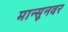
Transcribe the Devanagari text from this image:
मान्सूनवर